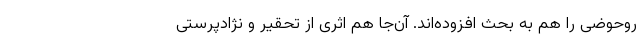
روحوضی را هم به بحث افزوده‌اند. آن‌جا هم اثری از تحقیر و نژادپرستی